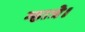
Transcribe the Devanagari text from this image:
म्हात्रे।